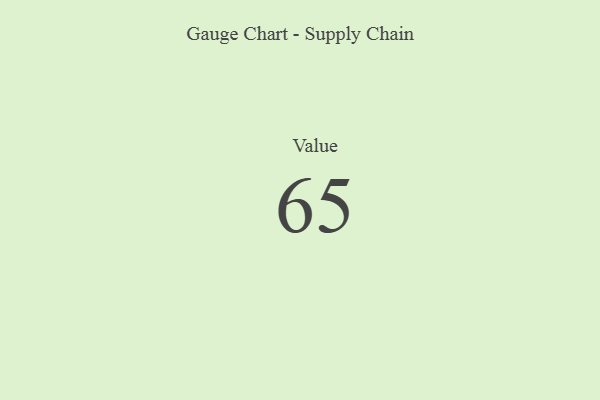
{"axis": {"x": "Metric", "y": "Value"}, "legend": [""], "data": [{"x": "Value", "y": 65, "type": ""}]}